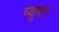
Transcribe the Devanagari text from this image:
प्यूपा।